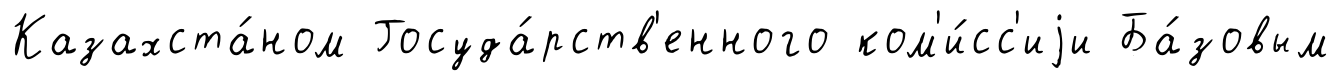
Казахста́ном Госуда́рств'енного ком'и́сс'иjи Ба́зовым